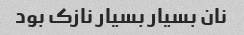
نان بسیار بسیار نازک بود